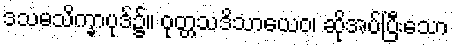
ဒသမသိက္ခာပုဒ်၌။ ဝုတ္တသဒိသာယေဝ၊ ဆိုအပ်ပြီးသော